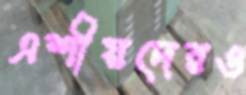
এশীয়দেরও